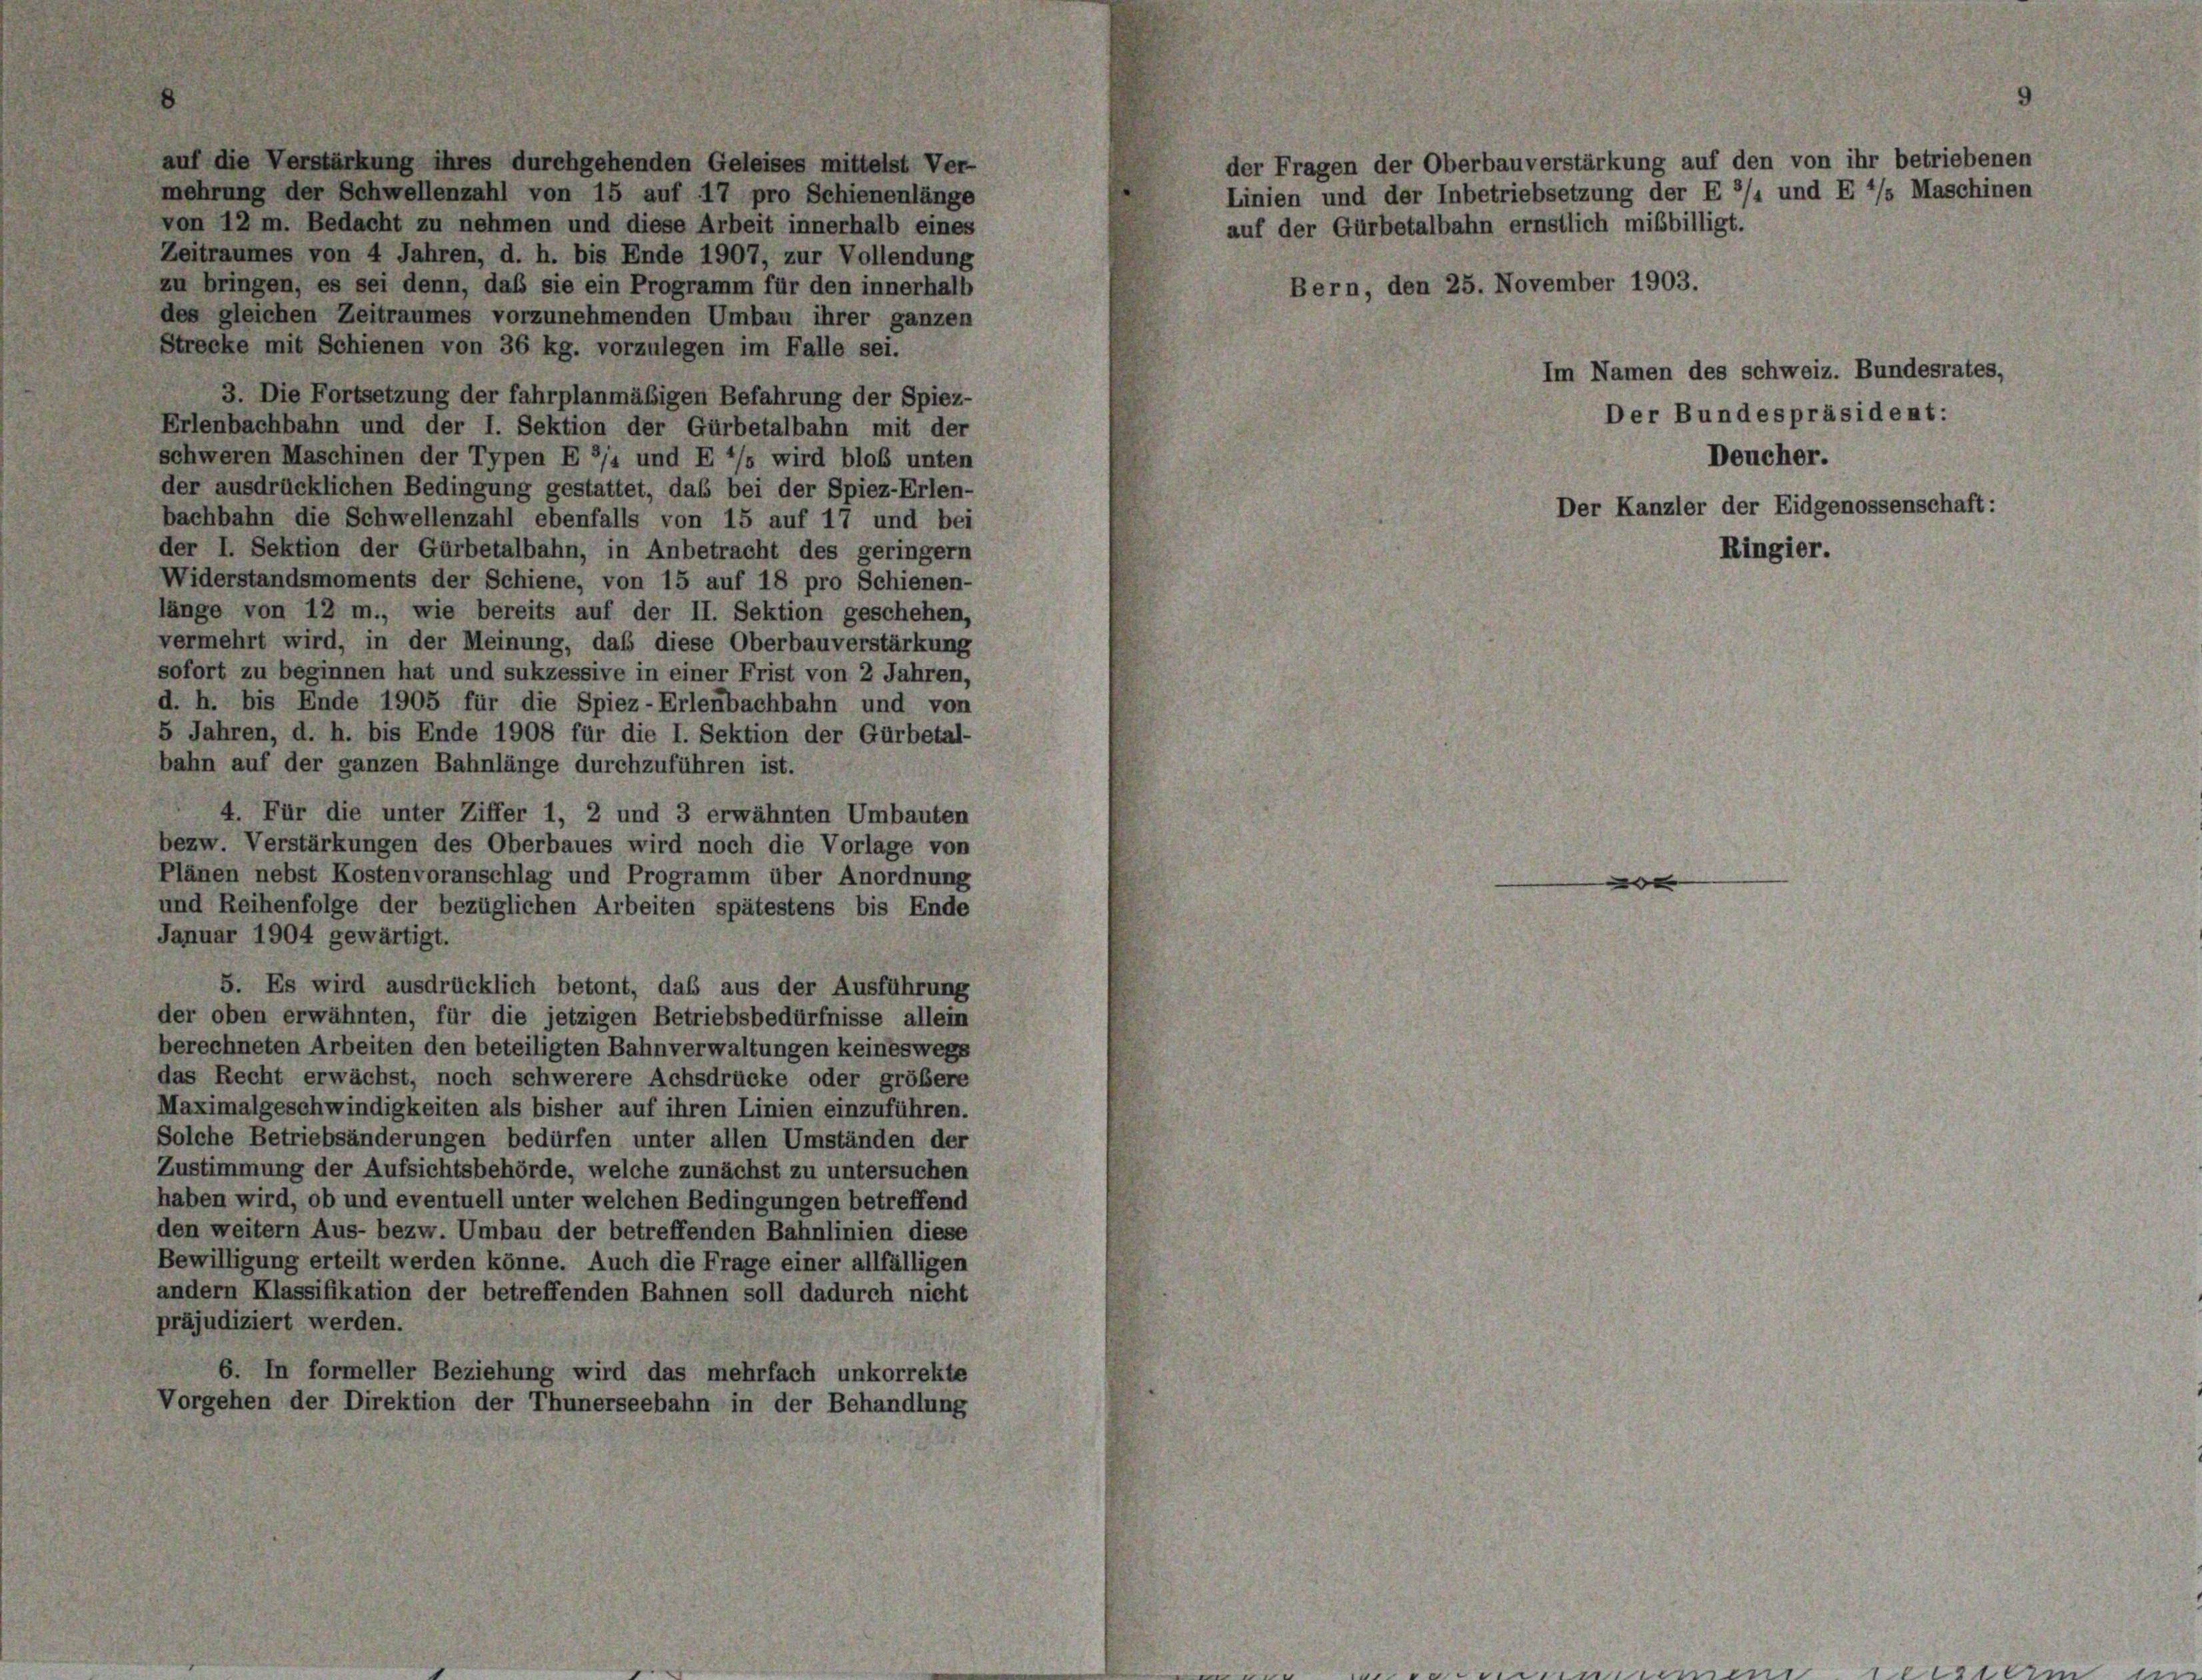
mehrung der Schwellenzahl von 15 auf 17 pro Schienenlänge
von 12 m. Bedacht zu nehmen und diese Arbeit innerhalb eines
Zeitraumes von 4 Jahren, d. h. bis Ende 1907, zur Vollendung
zu bringen, es sei denn, daß sie ein Programm für den innerhalb
des gleichen Zeitraumes vorzunehmenden Umbau ihrer ganzen
Strecke mit Schienen von 36 kg. vorzulegen im Falle sei.
3. Die Fortsetzung der fahrplanmäßigen Befahrung der Spiez-
Erlenbachbahn und der I. Sektion der Gürbetalbahn mit der
schweren Maschinen der Typen E ’/s und E */s wird bloß unten
der ausdrücklichen Bedingung gestattet, das bei der Spiez-Erlen-
bachbahn die Schwellenzahl ebenfalls von 15 auf 17 und bei
der I. Sektion der Gürbetalbahn, in Anbetracht des geringern
Widerstandsmoments der Schiene, von 15 auf 18 pro Schienen-
länge von 12 m., wie bereits auf der II. Sektion geschehen,
vermehrt wird, in der Meinung, daß diese Oberbauverstärkung
sofort zu beginnen hat und sukzessive in einer Frist von 2 Jahren,
d. h. bis Ende 1905 für die Spiez-Erlenbachbahn und von
5 Jahren, d. h. bis Ende 1908 für die I. Sektion der Gürbetal-
bahn auf der ganzen Bahnlänge durchzuführen ist.
4. Für die unter Ziffer 1, 2 und 3 erwähnten Umbauten
bezw. Verstärkungen des Oberbaues wird noch die Vorlage von
Plänen nebst Kostenvoranschlag und Programm über Anordnung
und Reihenfolge der bezüglichen Arbeiten spätestens bis Ende
Januar 1904 gewärtigt.
5. Es wird ausdrücklich betont, das aus der Ausführung
der oben erwähnten, für die jetzigen Betriebsbedürfnisse allein
berechneten Arbeiten den beteiligten Bahnverwaltungen keineswegs
das Recht erwächst, noch schwerere Achsdrücke oder größere
Maximalgeschwindigkeiten als bisher auf ihren Linien einzuführen.
Solche Betriebsänderungen bedürfen unter allen Umständen der
Zustimmung der Aufsichtsbehörde, welche zunächst zu untersuchen
haben wird, ob und eventuell unter welchen Bedingungen betreffend
den weitern Aus- bezw. Umbau der betreffenden Bahnlinien diese
Bewilligung erteilt werden könne. Auch die Frage einer allfälligen
andern Klassifikation der betreffenden Bahnen soll dadurch nicht
präjudiziert werden.
6. In formeller Beziehung wird das mehrfach unkorrekte
Vorgehen der Direktion der Thunerseebahn in der Behandlung

der Fragen der Oberbauverstärkung auf den von ihr betriebenen
Linien und der Inbetriebsetzung der E 3/4 und E */s Maschinen
auf der Gürbetalbahn ernstlich mißbilligt.

Bern, den 2

November 1903.

Im Namen des schweiz. Bundesrates,
Der Bundespräsident:
Deucher.
Der Kanzler der Eidgenossenschaft:

Rin

igier.